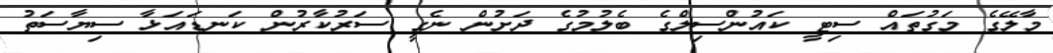
މާލޭގެ މަގުތައް ސިޓީ ކައުންސިލްގެ ބެލުމުގެ ދަށުން ނެގީ ސަރުކާރުން ކަނޑައަޅާ ސިޔާސަތު